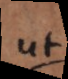
ut